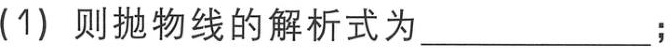
(1) 则抛物线的解析式为____________；